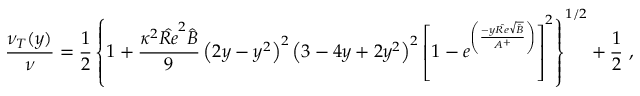
\frac { \nu _ { T } ( y ) } { \nu } = \frac { 1 } { 2 } \left\{ 1 + \frac { \kappa ^ { 2 } { \hat { R e } } ^ { 2 } \hat { B } } { 9 } \left( 2 y - y ^ { 2 } \right) ^ { 2 } \left( 3 - 4 y + 2 y ^ { 2 } \right) ^ { 2 } \left[ 1 - e ^ { \left( \frac { - y \hat { R e } \sqrt { \hat { B } } } { A ^ { + } } \right) } \right] ^ { 2 } \right\} ^ { 1 / 2 } + \frac { 1 } { 2 } \mathrm { ~ , ~ }